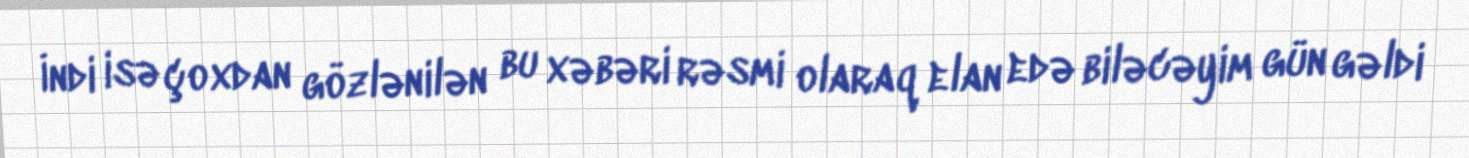
İndi isə çoxdan gözlənilən bu xəbəri rəsmi olaraq elan edə biləcəyim gün gəldi